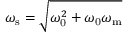
\omega _ { \mathrm { s } } = \sqrt { \omega _ { \mathrm { 0 } } ^ { 2 } + \omega _ { \mathrm { 0 } } \omega _ { \mathrm { m } } }